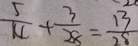
\frac { 5 } { 1 4 } + \frac { 3 } { 2 8 } = \frac { 1 3 } { 2 8 }